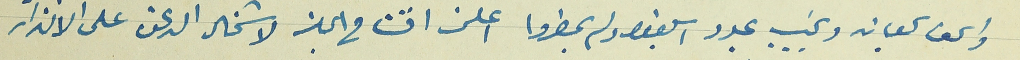
واسحق سجعان ونجيب عبود ابلغوا ولم يحضروا اعلن افتتاح الجلسة لاشتمال الدعوة على الانذار